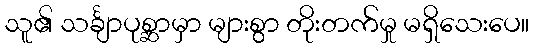
သူ၏ သင်္ချာပုစ္ဆာမှာ များစွာ တိုးတက်မှု မရှိသေးပေ။